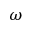
\omega